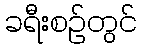
ခရီးစဉ်တွင်